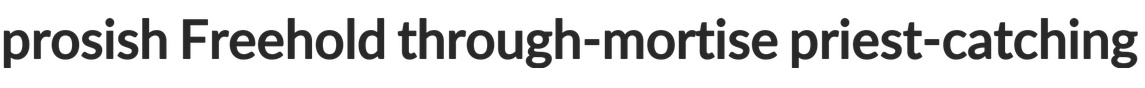
prosish Freehold through-mortise priest-catching